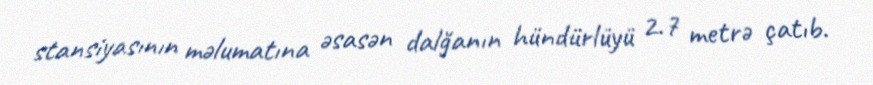
stansiyasının məlumatına əsasən dalğanın hündürlüyü 2.7 metrə çatıb.